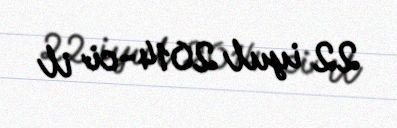
22 iyul 2014-ci il